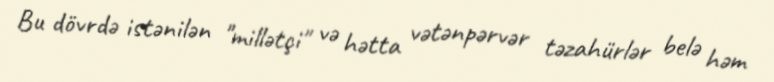
Bu dövrdə istənilən "millətçi" və hətta vətənpərvər təzahürlər belə həm